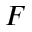
F